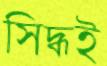
সিদ্ধই